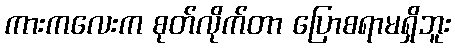
ကားကလေးက စုတ်လိုက်တာ ပြောစရာမရှိဘူး